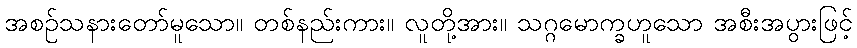
အစဉ်သနားတော်မူသော။ တစ်နည်းကား။ လူတို့အား။ သဂ္ဂမောက္ခဟူသော အစီးအပွားဖြင့်